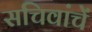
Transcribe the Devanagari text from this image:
सचिवांचें